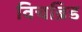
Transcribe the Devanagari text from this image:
विचब्रिड